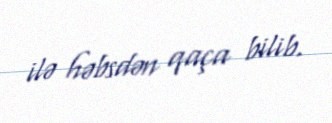
ilə həbsdən qaça bilib.